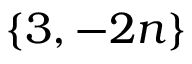
\left\{ 3 , - 2 n \right\}